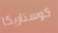
كوستاريكا